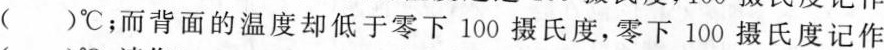
( )℃；而背面的温度却低于零下100摄氏度，零下100摄氏度记作